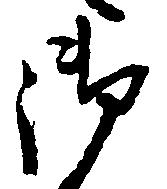
御